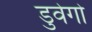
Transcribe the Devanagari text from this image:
डुवेगो